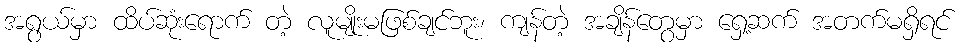
အရွယ်မှာ ထိပ်ဆုံးရောက် တဲ့ လူမျိုးမဖြစ်ချင်ဘူး၊ ကျန်တဲ့ အချိန်တွေမှာ ရှေ့ဆက် အတက်မရှိရင်